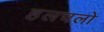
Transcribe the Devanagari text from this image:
हलचलो